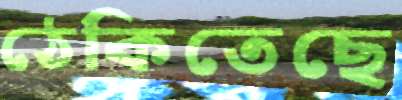
ঠেকিতেছে